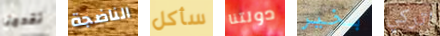
تقدمنا الناضجة سأكل دولتنا بخير اتركي